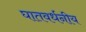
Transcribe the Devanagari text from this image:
घातवर्धनीय